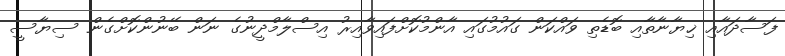
ފަސާދައާއި ޚިޔާނާތާއި ބޮޑެތި ވައްކަން ގައުމުގައި އާންމުކޮށްފައިވާއިރު އިސްލާމްދީނުގެ ނަން ބޭނުންކޮށްގެން ސިޔާސީ